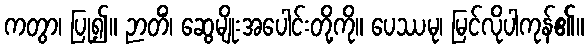
ကတွာ၊ ပြု၍။ ဉာတိံ၊ ဆွေမျိုးအပေါင်းတို့ကို။ ပေဿမု၊ မြင်လိုပါကုန်၏။